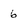
Character: 6